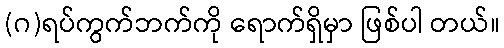
(ဂ)ရပ်ကွက်ဘက်ကို ရောက်ရှိမှာ ဖြစ်ပါ တယ်။